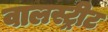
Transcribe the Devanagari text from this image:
वालस्ट्रीट